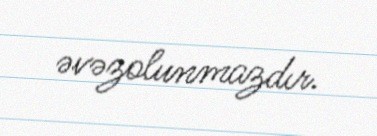
əvəzolunmazdır.